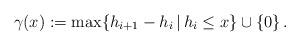
LaTeX: \begin{align*}\gamma(x) := \max \{h_{i+1}-h_i \,|\, h_{i} \le x\} \cup \{0\}\,.\end{align*}